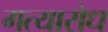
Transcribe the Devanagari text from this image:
गत्यारोध